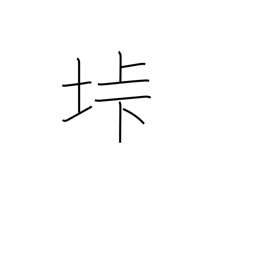
Meaning: mountain pass